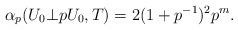
LaTeX: \begin{align*}\alpha_p(U_0 \bot pU_0, T)=2(1+p^{-1})^2 p^m. \end{align*}